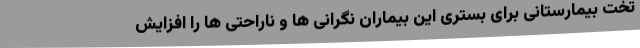
تخت بیمارستانی برای بستری این بیماران نگرانی ها و ناراحتی ها را افزایش